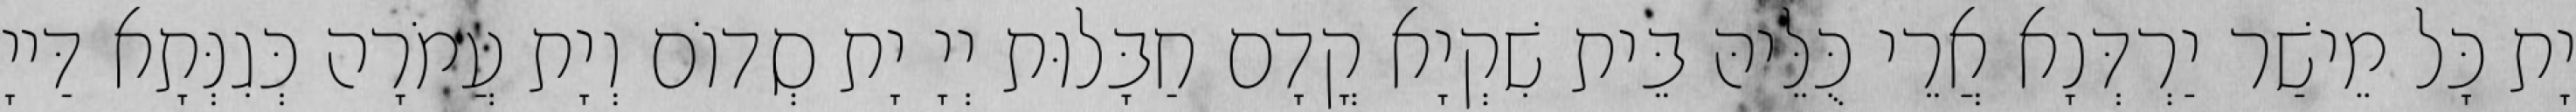
יָת כָּל מֵישַׁר יַרְדְּנָא אֲרֵי כֻּלֵּיהּ בֵּית שִׁקְיָא קֳדָם חַבָּלוּת יְיָ יָת סְדוֹם וְיָת עֲמֹרָה כְּגִנְּתָא דַּייָ